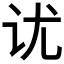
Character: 𰵎